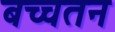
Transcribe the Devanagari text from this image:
बच्चतन